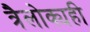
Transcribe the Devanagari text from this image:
त्रैलोक्यही